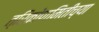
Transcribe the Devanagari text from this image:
त्रिकोणमितीच्या